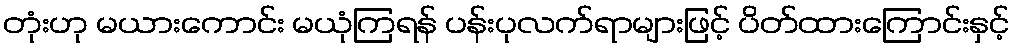
တုံးဟု မယားကောင်း မယုံကြရန် ပန်းပုလက်ရာများဖြင့် ပိတ်ထားကြောင်းနှင့်